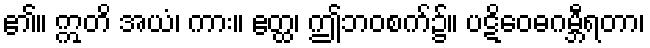
၏။ ဣတိ အယံ၊ ကား။ ဧတ္ထ၊ ဤဘဝစက်၌။ ပဋိဝေဓဂမ္ဘီရတာ၊